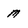
Character: m